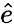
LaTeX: \hat{e}